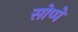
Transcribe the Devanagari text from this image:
सोप्पे